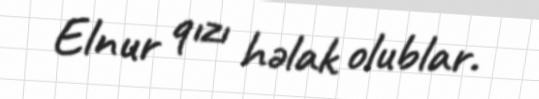
Elnur qızı həlak olublar.